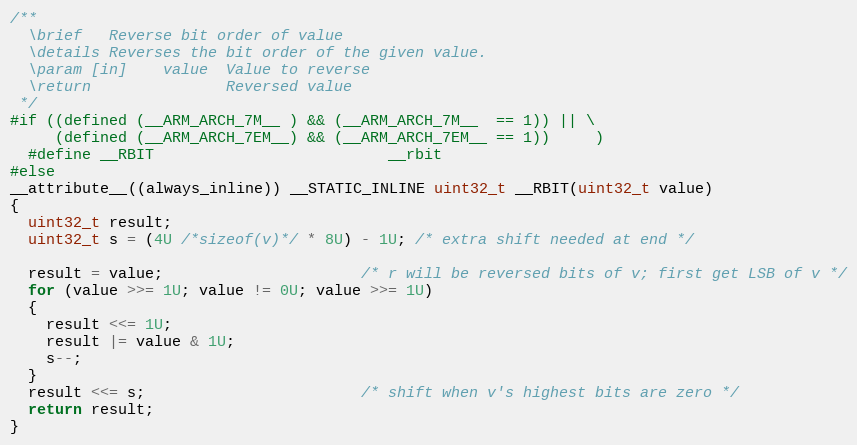
Language: C
/**
  \brief   Reverse bit order of value
  \details Reverses the bit order of the given value.
  \param [in]    value  Value to reverse
  \return               Reversed value
 */
#if ((defined (__ARM_ARCH_7M__ ) && (__ARM_ARCH_7M__  == 1)) || \
     (defined (__ARM_ARCH_7EM__) && (__ARM_ARCH_7EM__ == 1))     )
  #define __RBIT                          __rbit
#else
__attribute__((always_inline)) __STATIC_INLINE uint32_t __RBIT(uint32_t value)
{
  uint32_t result;
  uint32_t s = (4U /*sizeof(v)*/ * 8U) - 1U; /* extra shift needed at end */

  result = value;                      /* r will be reversed bits of v; first get LSB of v */
  for (value >>= 1U; value != 0U; value >>= 1U)
  {
    result <<= 1U;
    result |= value & 1U;
    s--;
  }
  result <<= s;                        /* shift when v's highest bits are zero */
  return result;
}